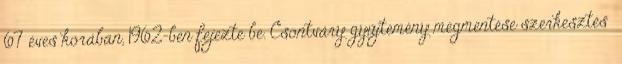
67 éves korában, 1962-ben fejezte be. Csontváry gyűjtemény megmentése szerkesztés